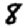
Digit: 8